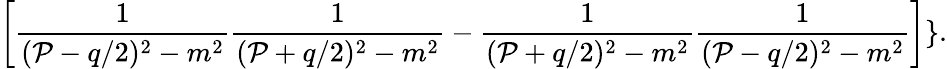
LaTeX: \left[{\frac{1}{({\cal P}-q/2)^{2}-m^{2}}}{\frac{1}{({\cal P}+q/2)^{2}-m^{2}}}-{\frac{1}{({\cal P}+q/2)^{2}-m^{2}}}{\frac{1}{({\cal P}-q/2)^{2}-m^{2}}}\right]\} .